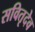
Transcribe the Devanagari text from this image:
सवितृदेव